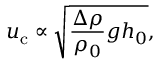
u _ { \mathrm { c } } \propto \sqrt { \frac { \Delta \rho } { \rho _ { 0 } } g h _ { 0 } } ,